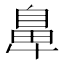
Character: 𮮴